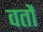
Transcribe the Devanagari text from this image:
वर्तो